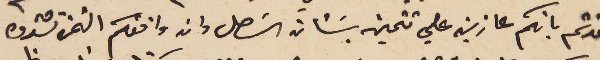
افدتم بانكم عازين على تتمين بشأن السَهل وان وافقكم الثمن تشترون